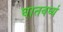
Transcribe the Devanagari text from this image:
घातवर्घ्य